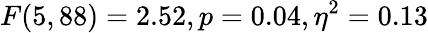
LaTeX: F(5,88)=2.52,p=0.04,\eta^{2}=0.13